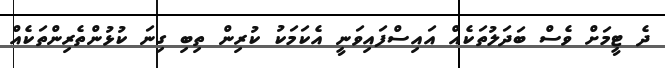
ދެ ޓީމަށް ވެސް ބަދަލުތަކެއް އައިސްފައިވަނީ އެކަމަކު ކުރިން ތިބި ގިނަ ކުޅުންތެރިންތަކެއް